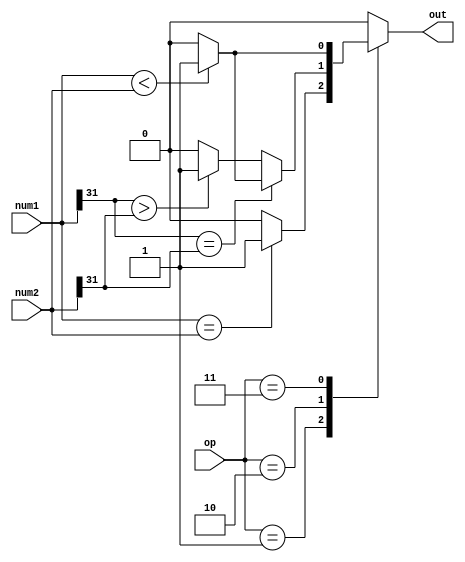
`timescale 1ns / 1ps
//////////////////////////////////////////////////////////////////////////////////
// Company: 
// Engineer: 
// 
// Design Name: 
// Module Name: Branch
// Project Name: 
// Target Devices: 
// Tool Versions: 
// Description: 
// 
// Dependencies: 
// 
// Revision:
// Revision 0.01 - File Created
// Additional Comments:
// 
//////////////////////////////////////////////////////////////////////////////////


module Branch(
    input [31:0] num1,
    input [31:0] num2,
    input [1:0] op,
    output reg out
);
// wire [31:0] num1_s = $signed (num1);
// wire [31:0] num2_s = $signed (num2);
always@(*)
begin
    out = 0;
    case(op)
        2'b01:
            if(num1 == num2)   out = 1;
        2'b10:
            // if(num1_s < num2_s)     out = 1;
            if(num1[31] == num2[31])
                if(num1 < num2)     out = 1;
                else out = 0;
            else if(num1[31] > num2[31])
                out = 1;
        2'b11:
            if(num1 < num2)     out = 1;
    endcase
end
endmodule